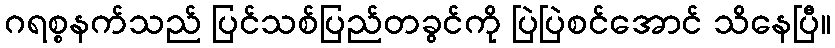
ဂရစ္စနက်သည် ပြင်သစ်ပြည်တခွင်ကို ပြဲပြဲစင်အောင် သိနေပြီ။